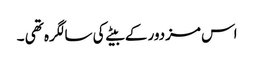
اس مزدور کے بیٹے کی سالگرہ تھی ۔